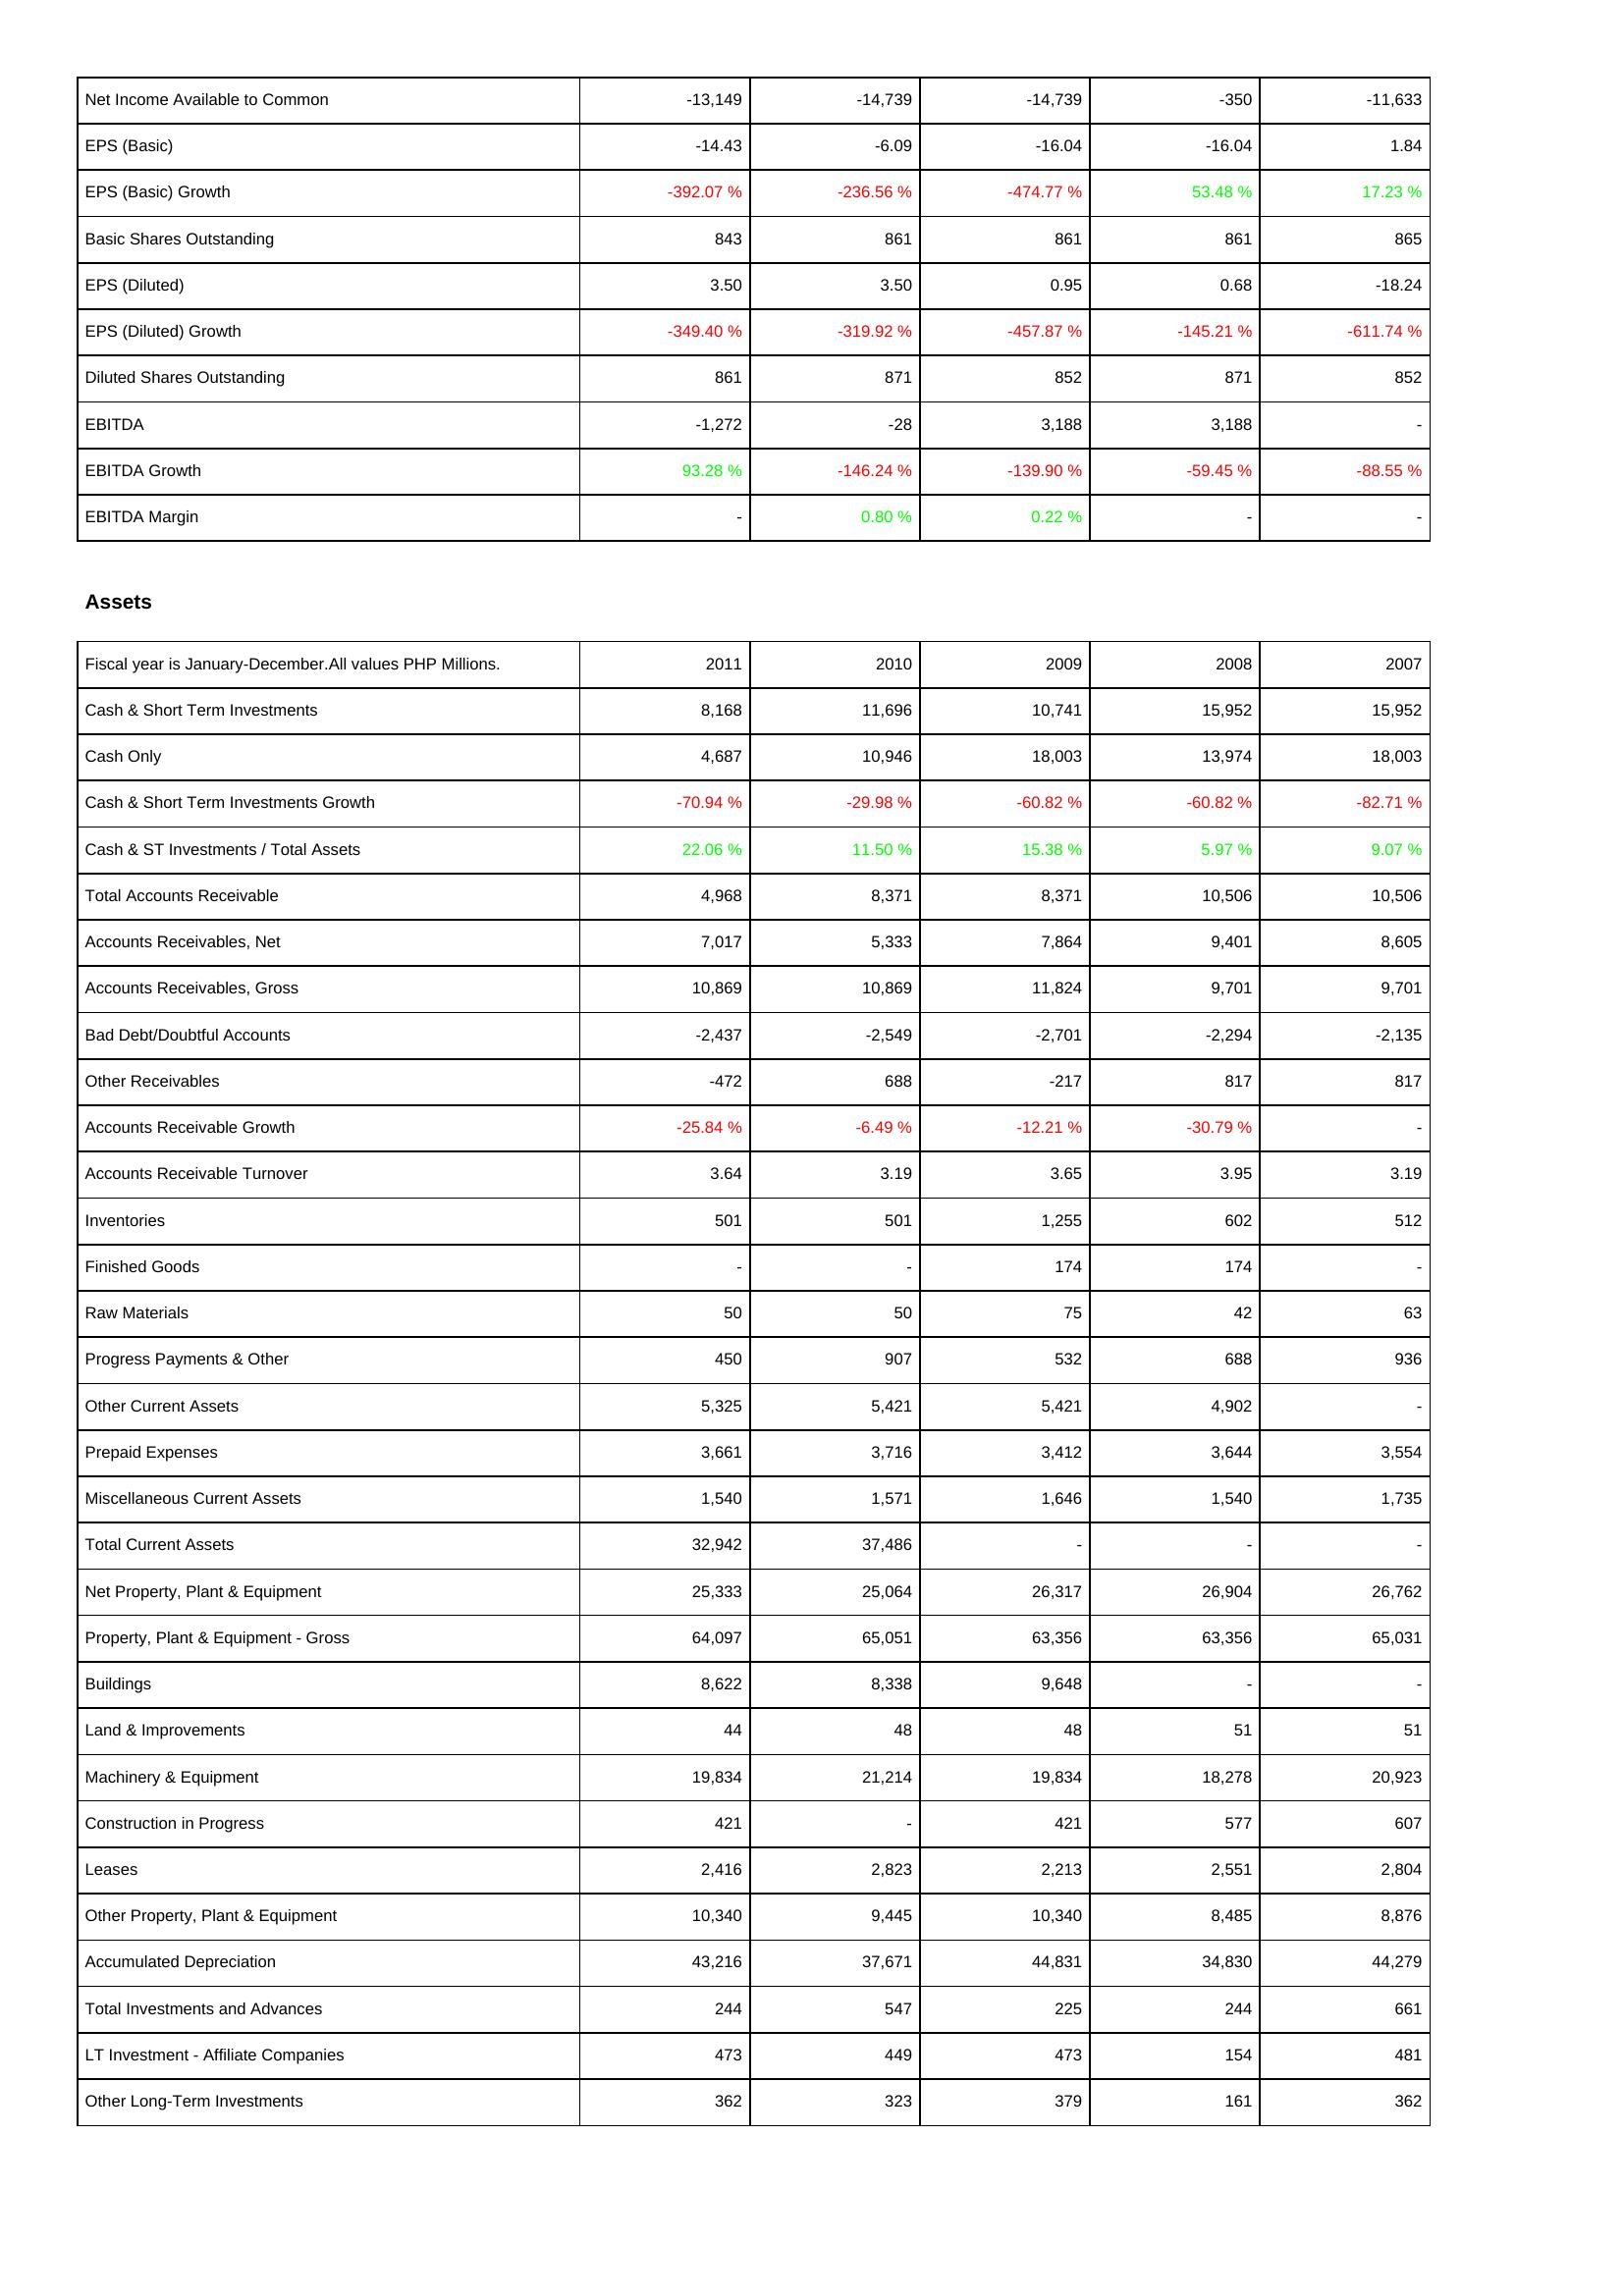
2011: Income Statement: Net Income Available to Common: -13,149
EPS (Basic): -14.43
EPS (Basic) Growth: -392.07 %
Basic Shares Outstanding: 843
EPS (Diluted): 3.50
EPS (Diluted) Growth: -349.40 %
Diluted Shares Outstanding: 861
EBITDA: -1,272
EBITDA Growth: 93.28 %
EBITDA Margin: -
Assets: Cash & Short Term Investments: 8,168
Cash Only: 4,687
Cash & Short Term Investments Growth: -70.94 %
Cash & ST Investments / Total Assets: 22.06 %
Total Accounts Receivable: 4,968
Accounts Receivables, Net: 7,017
Accounts Receivables, Gross: 10,869
Bad Debt/Doubtful Accounts: -2,437
Other Receivables: -472
Accounts Receivable Growth: -25.84 %
Accounts Receivable Turnover: 3.64
Inventories: 501
Finished Goods: -
Raw Materials: 50
Progress Payments & Other: 450
Other Current Assets: 5,325
Prepaid Expenses: 3,661
Miscellaneous Current Assets: 1,540
Total Current Assets: 32,942
Net Property, Plant & Equipment: 25,333
Property, Plant & Equipment - Gross: 64,097
Buildings: 8,622
Land & Improvements: 44
Machinery & Equipment: 19,834
Construction in Progress: 421
Leases: 2,416
Other Property, Plant & Equipment: 10,340
Accumulated Depreciation: 43,216
Total Investments and Advances: 244
LT Investment - Affiliate Companies: 473
Other Long-Term Investments: 362
2010: Income Statement: Net Income Available to Common: -14,739
EPS (Basic): -6.09
EPS (Basic) Growth: -236.56 %
Basic Shares Outstanding: 861
EPS (Diluted): 3.50
EPS (Diluted) Growth: -319.92 %
Diluted Shares Outstanding: 871
EBITDA: -28
EBITDA Growth: -146.24 %
EBITDA Margin: 0.80 %
Assets: Cash & Short Term Investments: 11,696
Cash Only: 10,946
Cash & Short Term Investments Growth: -29.98 %
Cash & ST Investments / Total Assets: 11.50 %
Total Accounts Receivable: 8,371
Accounts Receivables, Net: 5,333
Accounts Receivables, Gross: 10,869
Bad Debt/Doubtful Accounts: -2,549
Other Receivables: 688
Accounts Receivable Growth: -6.49 %
Accounts Receivable Turnover: 3.19
Inventories: 501
Finished Goods: -
Raw Materials: 50
Progress Payments & Other: 907
Other Current Assets: 5,421
Prepaid Expenses: 3,716
Miscellaneous Current Assets: 1,571
Total Current Assets: 37,486
Net Property, Plant & Equipment: 25,064
Property, Plant & Equipment - Gross: 65,051
Buildings: 8,338
Land & Improvements: 48
Machinery & Equipment: 21,214
Construction in Progress: -
Leases: 2,823
Other Property, Plant & Equipment: 9,445
Accumulated Depreciation: 37,671
Total Investments and Advances: 547
LT Investment - Affiliate Companies: 449
Other Long-Term Investments: 323
2009: Income Statement: Net Income Available to Common: -14,739
EPS (Basic): -16.04
EPS (Basic) Growth: -474.77 %
Basic Shares Outstanding: 861
EPS (Diluted): 0.95
EPS (Diluted) Growth: -457.87 %
Diluted Shares Outstanding: 852
EBITDA: 3,188
EBITDA Growth: -139.90 %
EBITDA Margin: 0.22 %
Assets: Cash & Short Term Investments: 10,741
Cash Only: 18,003
Cash & Short Term Investments Growth: -60.82 %
Cash & ST Investments / Total Assets: 15.38 %
Total Accounts Receivable: 8,371
Accounts Receivables, Net: 7,864
Accounts Receivables, Gross: 11,824
Bad Debt/Doubtful Accounts: -2,701
Other Receivables: -217
Accounts Receivable Growth: -12.21 %
Accounts Receivable Turnover: 3.65
Inventories: 1,255
Finished Goods: 174
Raw Materials: 75
Progress Payments & Other: 532
Other Current Assets: 5,421
Prepaid Expenses: 3,412
Miscellaneous Current Assets: 1,646
Total Current Assets: -
Net Property, Plant & Equipment: 26,317
Property, Plant & Equipment - Gross: 63,356
Buildings: 9,648
Land & Improvements: 48
Machinery & Equipment: 19,834
Construction in Progress: 421
Leases: 2,213
Other Property, Plant & Equipment: 10,340
Accumulated Depreciation: 44,831
Total Investments and Advances: 225
LT Investment - Affiliate Companies: 473
Other Long-Term Investments: 379
2008: Income Statement: Net Income Available to Common: -350
EPS (Basic): -16.04
EPS (Basic) Growth: 53.48 %
Basic Shares Outstanding: 861
EPS (Diluted): 0.68
EPS (Diluted) Growth: -145.21 %
Diluted Shares Outstanding: 871
EBITDA: 3,188
EBITDA Growth: -59.45 %
EBITDA Margin: -
Assets: Cash & Short Term Investments: 15,952
Cash Only: 13,974
Cash & Short Term Investments Growth: -60.82 %
Cash & ST Investments / Total Assets: 5.97 %
Total Accounts Receivable: 10,506
Accounts Receivables, Net: 9,401
Accounts Receivables, Gross: 9,701
Bad Debt/Doubtful Accounts: -2,294
Other Receivables: 817
Accounts Receivable Growth: -30.79 %
Accounts Receivable Turnover: 3.95
Inventories: 602
Finished Goods: 174
Raw Materials: 42
Progress Payments & Other: 688
Other Current Assets: 4,902
Prepaid Expenses: 3,644
Miscellaneous Current Assets: 1,540
Total Current Assets: -
Net Property, Plant & Equipment: 26,904
Property, Plant & Equipment - Gross: 63,356
Buildings: -
Land & Improvements: 51
Machinery & Equipment: 18,278
Construction in Progress: 577
Leases: 2,551
Other Property, Plant & Equipment: 8,485
Accumulated Depreciation: 34,830
Total Investments and Advances: 244
LT Investment - Affiliate Companies: 154
Other Long-Term Investments: 161
2007: Income Statement: Net Income Available to Common: -11,633
EPS (Basic): 1.84
EPS (Basic) Growth: 17.23 %
Basic Shares Outstanding: 865
EPS (Diluted): -18.24
EPS (Diluted) Growth: -611.74 %
Diluted Shares Outstanding: 852
EBITDA: -
EBITDA Growth: -88.55 %
EBITDA Margin: -
Assets: Cash & Short Term Investments: 15,952
Cash Only: 18,003
Cash & Short Term Investments Growth: -82.71 %
Cash & ST Investments / Total Assets: 9.07 %
Total Accounts Receivable: 10,506
Accounts Receivables, Net: 8,605
Accounts Receivables, Gross: 9,701
Bad Debt/Doubtful Accounts: -2,135
Other Receivables: 817
Accounts Receivable Growth: -
Accounts Receivable Turnover: 3.19
Inventories: 512
Finished Goods: -
Raw Materials: 63
Progress Payments & Other: 936
Other Current Assets: -
Prepaid Expenses: 3,554
Miscellaneous Current Assets: 1,735
Total Current Assets: -
Net Property, Plant & Equipment: 26,762
Property, Plant & Equipment - Gross: 65,031
Buildings: -
Land & Improvements: 51
Machinery & Equipment: 20,923
Construction in Progress: 607
Leases: 2,804
Other Property, Plant & Equipment: 8,876
Accumulated Depreciation: 44,279
Total Investments and Advances: 661
LT Investment - Affiliate Companies: 481
Other Long-Term Investments: 362